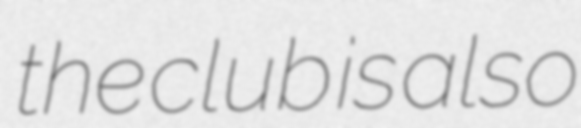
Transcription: the club is also